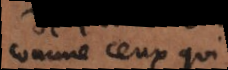
comme ceux qui